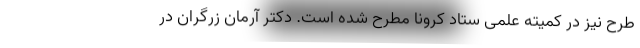
طرح نیز در کمیته علمی ستاد کرونا مطرح شده است. دکتر آرمان زرگران در